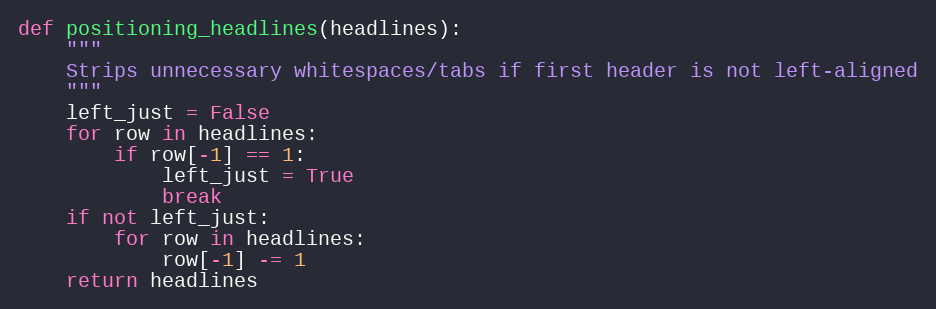
Language: Python
def positioning_headlines(headlines):
    """
    Strips unnecessary whitespaces/tabs if first header is not left-aligned
    """
    left_just = False
    for row in headlines:
        if row[-1] == 1:
            left_just = True
            break
    if not left_just:
        for row in headlines:
            row[-1] -= 1
    return headlines